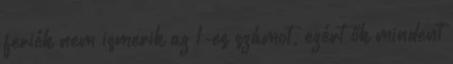
feriék nem ismerik az 1-es számot, ezért ők mindent